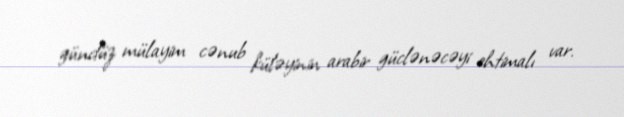
gündüz mülayim cənub küləyinin arabir güclənəcəyi ehtimalı var.